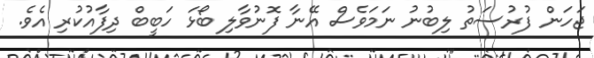
ޖަހަން ފުރުސަތު ލިބުނު ނަމަވެސް އޭނާ ފޮނުވާލި ބޯޅަ ހަބީބް ދިފާއުކުރި އެވެ.